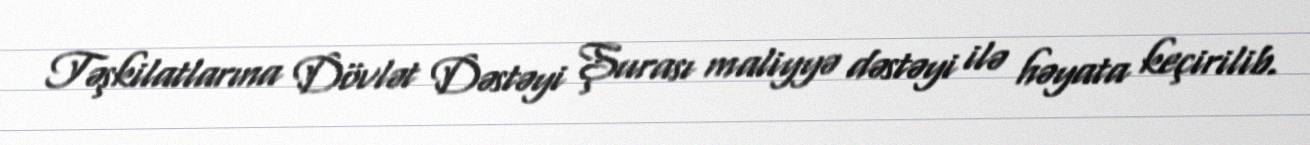
Təşkilatlarına Dövlət Dəstəyi Şurası maliyyə dəstəyi ilə həyata keçirilib.